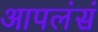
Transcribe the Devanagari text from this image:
आपलंसं